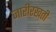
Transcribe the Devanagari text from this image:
जारीरखती